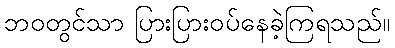
ဘဝတွင်သာ ပြားပြားဝပ်နေခဲ့ကြရသည်။